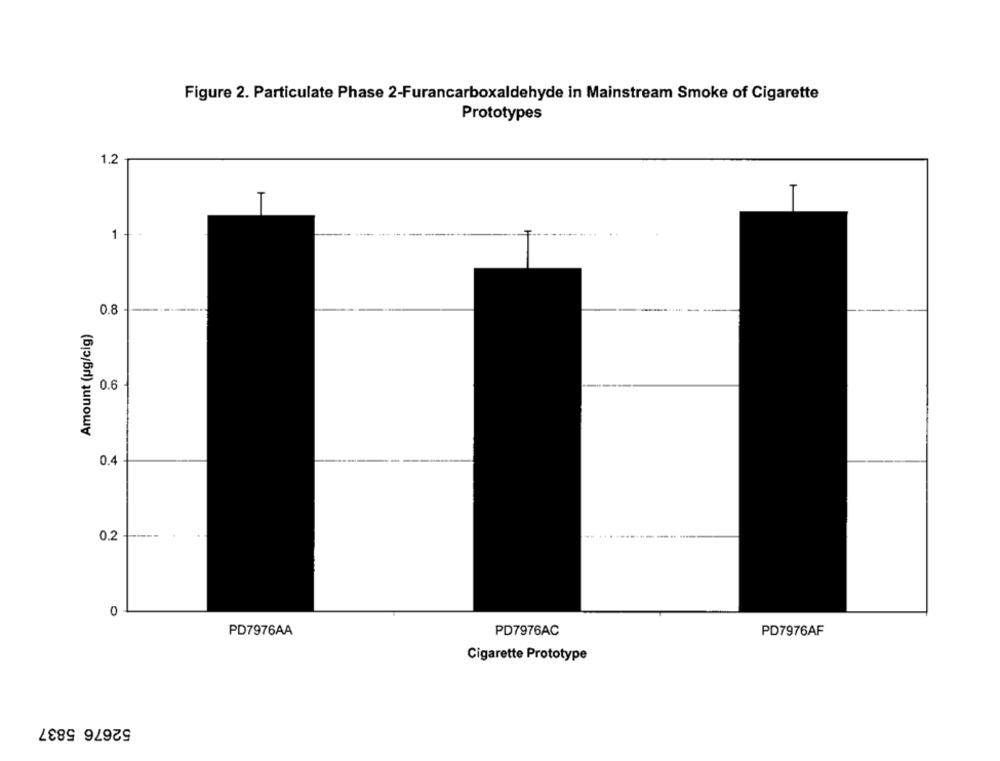
Figure 2. Particulate Phase 2-Furancarboxaldehyde in Mainstream Smoke of Cigarette
Prototypes
1.2
1
0.8
Amount (ug/cig)
0.6
0.4
0.2
0
PD7976AA
PD7976AC
PD7976AF
Cigarette Prototype
52676 5837